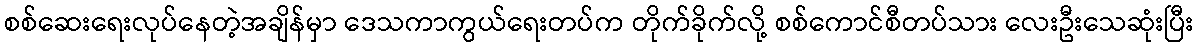
စစ်ဆေးရေးလုပ်နေတဲ့အချိန်မှာ ဒေသကာကွယ်ရေးတပ်က တိုက်ခိုက်လို့ စစ်ကောင်စီတပ်သား လေးဦးသေဆုံးပြီး